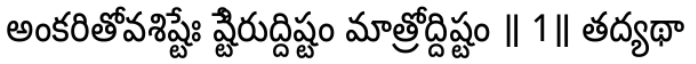
అంకరితోవశిష్టేః ష్టేిరుద్దిష్టం మాత్రోద్దిష్టం ॥ 1॥ తద్యథా